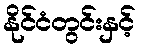
နိုင်ငံတွင်းနှင့်